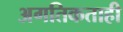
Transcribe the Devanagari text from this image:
अगतिकताही